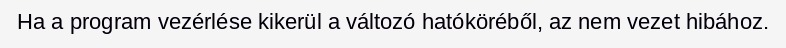
Ha a program vezérlése kikerül a változó hatóköréből, az nem vezet hibához.